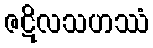
ဇဋိလသဟဿံ